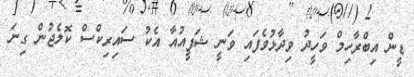
ޑީން އިބްރާހިމް ވަހީދު ވިދާޅުވެފައި ވަނީ ޝަފީއުއާ އެކު ސައިރިކްސް ކޮލެޖުން ގިނަ